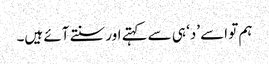
ہم تو اسے ’د‘ ہی سے کہتے اور سنتے آئے ہیں۔